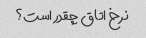
نرخ اتاق چقدر است؟